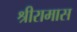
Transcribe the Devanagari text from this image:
श्रीरामास